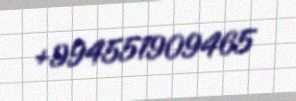
+994551909465